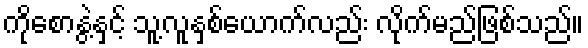
ကိုစောနွဲ့နှင့် သူ့လူနှစ်ယောက်လည်း လိုက်မည်ဖြစ်သည်။